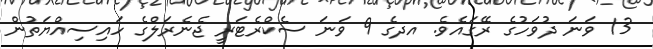
13 ވަނަ ދުވަހުގެ ރޭގައެވެ. އދގެ 9 ވަނަ ސެކްރެޓަރީ ޖެނެރަލްގެ ހައިސިއްޔަތުން